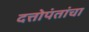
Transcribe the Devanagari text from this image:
दत्तोपंतांचा